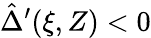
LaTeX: \hat{\Delta}^{\prime}(\xi,Z)<0